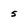
Character: 5